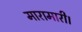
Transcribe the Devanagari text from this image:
मारामारी।